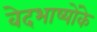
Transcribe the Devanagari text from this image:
वेदभाष्योंके